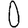
Digit: 0